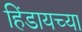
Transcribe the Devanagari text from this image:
हिंडायच्या